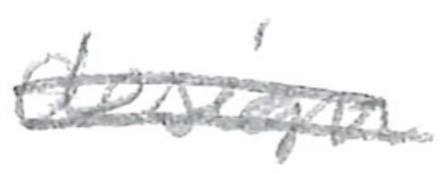
Text: minimalist
Cross-out: double-line
Writing tool: pencil